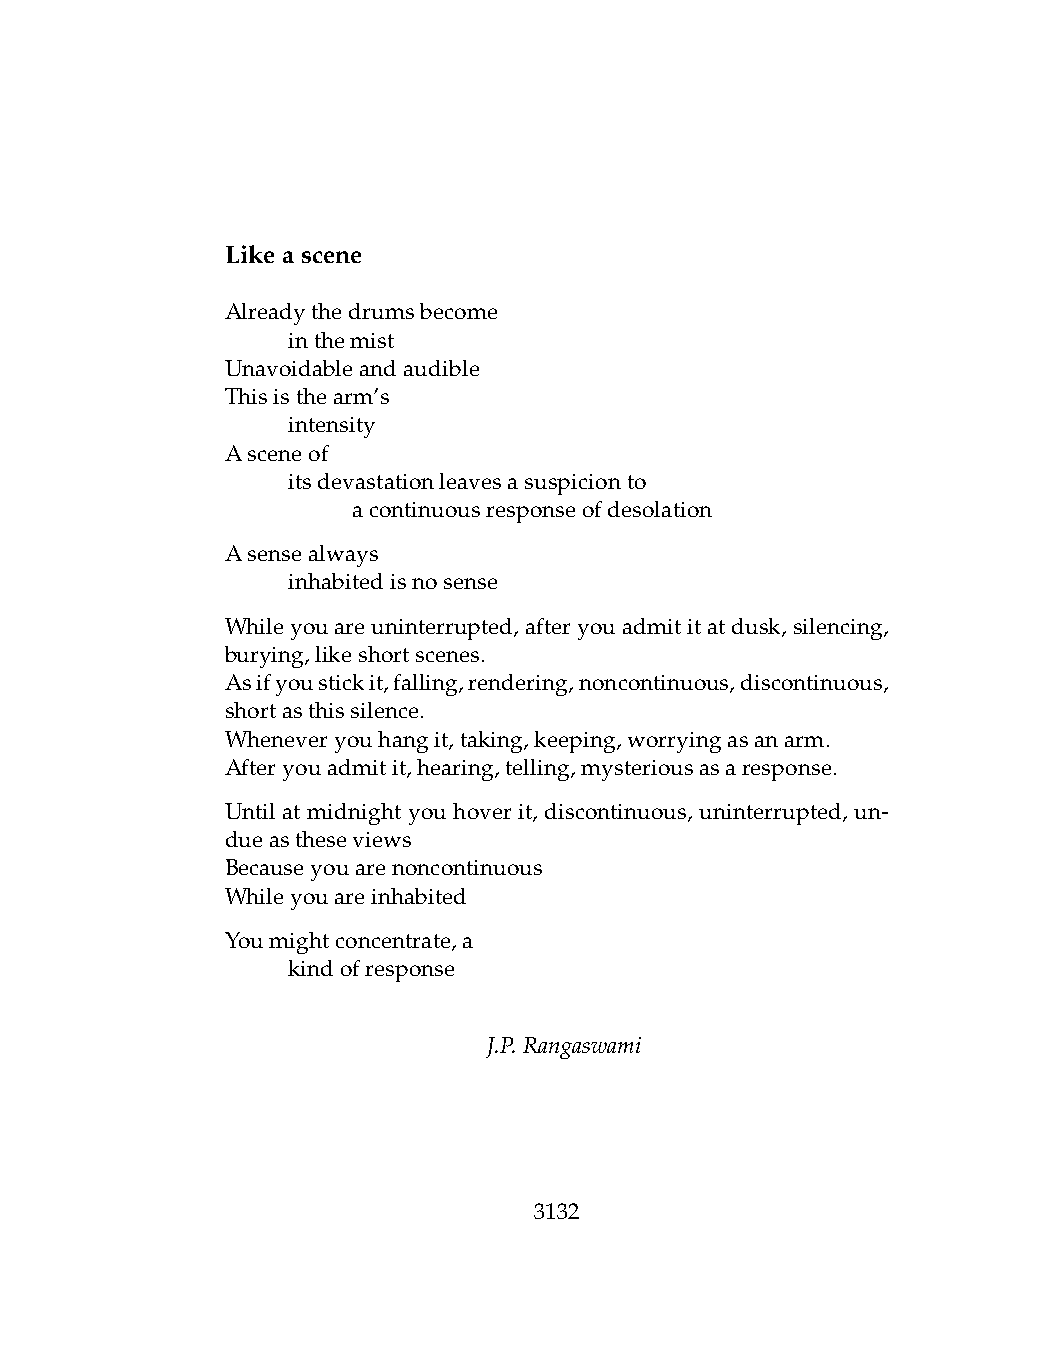
Likeascene
 Alreadythedrumsbecome
 .   inthemist
 Unavoidableandaudible
 Thisisthearm’s
 .   intensity
 Asceneof
 .   itsdevastationleavesasuspicionto
 .   .   acontinuousresponseofdesolation
 Asensealways
 .   inhabitedisnosense
 Whileyouareuninterrupted,afteryouadmititatdusk,silencing,
 burying,likeshortscenes.
 Asifyoustickit,falling,rendering,noncontinuous,discontinuous,
 shortasthissilence.
 Wheneveryouhangit,taking,keeping,worryingasanarm.
 Afteryouadmitit,hearing,telling,mysteriousasaresponse.
 Until at midnight you hover it, discontinuous, uninterrupted, un-
 dueastheseviews
 Becauseyouarenoncontinuous
 Whileyouareinhabited
 Youmightconcentrate,a
 .   kindofresponse
 J.P.Rangaswami
 3132